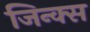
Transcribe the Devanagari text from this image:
जिन्क्स